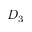
D _ { 3 }